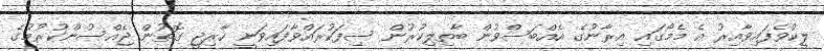
ލީކުވެފައިވާއިރު އެ މެމޯގައި އިރާނުގެ އެއްބަސްވުން ބާތިލިކުރުން ސިފަކުރައްވާފައިވަނީ ހާރިޖީ ގޮތުން ޖެއްސުންކުރުމުގެ